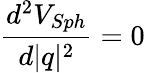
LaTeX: \frac{d^{2}V_{Sph}}{d\vert q\vert^{2}}=0